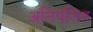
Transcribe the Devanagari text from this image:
अतिपतित